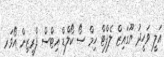
އަަލީ ވަހީދު ޔޫގައިޒް ލެފްޓް ހިމް ސޯ ކޯލްޑް އިޓްސް ފްރީޒިން އޯވަރ